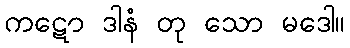
ကဋော ဒါနံ တု သော မဒေါ။